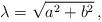
LaTeX: \begin{align*} \lambda=\sqrt{a^2+b^2} \,,\end{align*}